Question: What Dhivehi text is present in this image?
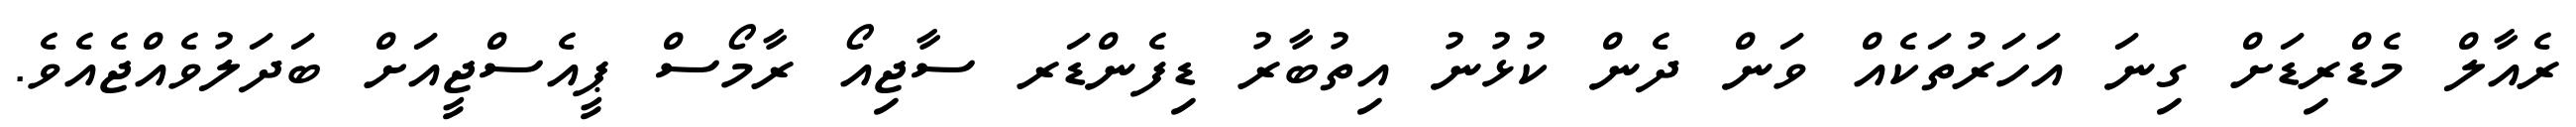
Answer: ރެއާލް މެޑްރިޑަށް ގިނަ އަހަރުތަކެއް ވަން ދެން ކުޅުނު އިތުބާރު ޑިފެންޑަރ ސާޖިއޯ ރާމޯސް ޕީއެސްޖީއަށް ބަދަލުވެއްޖެއެވެ.